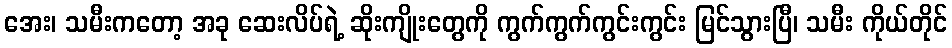
အေး၊ သမီးကတော့ အခု ဆေးလိပ်ရဲ့ ဆိုးကျိုးတွေကို ကွက်ကွက်ကွင်းကွင်း မြင်သွားပြီ၊ သမီး ကိုယ်တိုင်